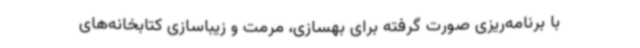
با برنامه‌ریزی صورت گرفته برای بهسازی، مرمت و زیباسازی کتابخانه‌های